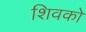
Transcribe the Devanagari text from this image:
शिवको